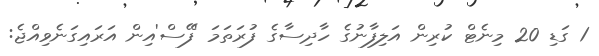
1 ގަޑި 20 މިނެޓް ކުރިން އަލިފާނުގެ ހާދިސާގެ ފުރަތަމަ 'ފޭސް'އިން އަރައިގަނެވިއްޖެ: